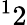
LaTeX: ^12